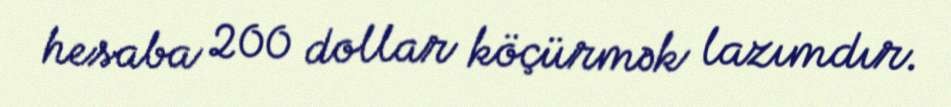
hesaba 200 dollar köçürmək lazımdır.